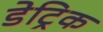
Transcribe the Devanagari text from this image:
डेट्रिक